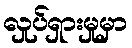
လှုပ်ရှားမှုမှာ